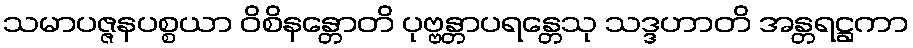
သမာပဇ္ဇနပစ္စယာ ဝိစိနန္တောတိ ပုဗ္ဗန္တာပရန္တေသု သဒ္ဒဟာတိ အန္တရဋ္ဌကာ